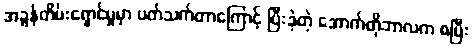
အခွန်တိမ်းရှောင်မှုမှာ ပတ်သက်တာကြောင့် ပြီးခဲ့တဲ့ အောက်တိုဘာလက စပြီး